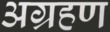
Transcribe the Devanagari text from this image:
अग्रहण